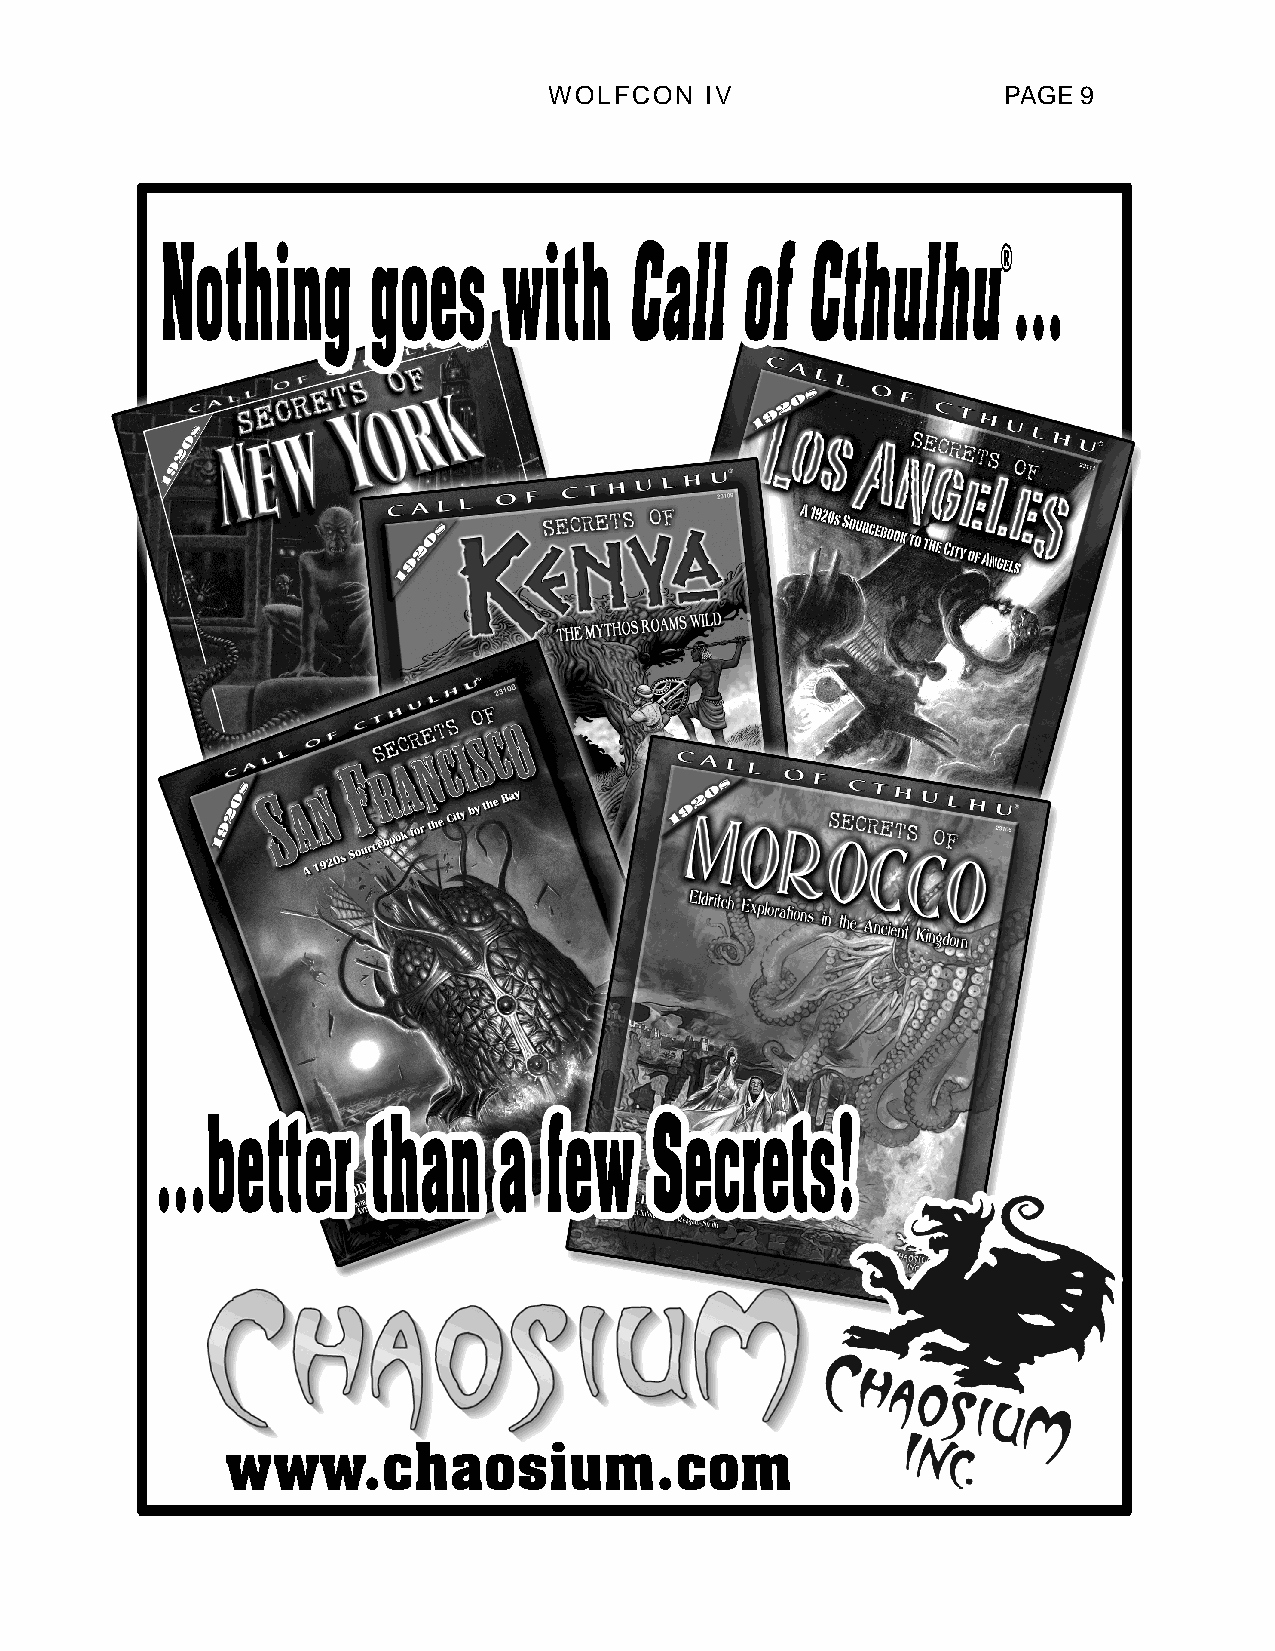
WOLFCON    IV                 PAGE  9